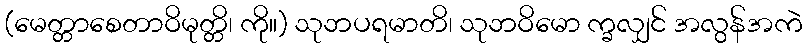
(မေတ္တာစေတာဝိမုတ္တိ၊ ကို။) သုဘပရမာတိ၊ သုဘဝိမော က္ခလျှင် အလွန်အကဲ